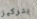
بتركيز